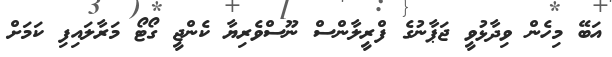
އަބޭ މިހެން ވިދާޅުވީ ޖަޕާނުގެ ފްރީލާންސް ނޫސްވެރިޔާ ކެންޖީ ގޯޓޯ މަރާލައިފި ކަމަށް